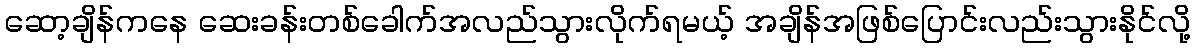
ဆော့ချိန်ကနေ ဆေးခန်းတစ်ခေါက်အလည်သွားလိုက်ရမယ့် အချိန်အဖြစ်ပြောင်းလည်းသွားနိုင်လို့